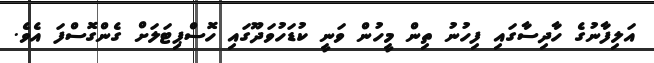
އަލިފާނުގެ ހާދިސާގައި ފިހުނު ތިން މީހުން ވަނީ ކުޑަހުވަދޫގައި ހޮސްޕިޓަލަށް ގެންގޮސްފަ އެވެ.